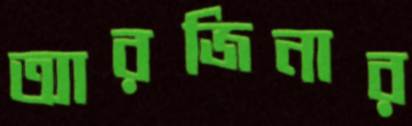
আরজিনার